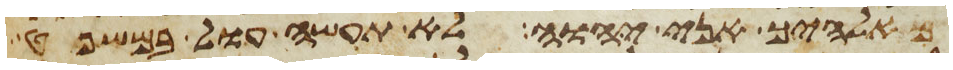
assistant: מאלהיך אני יהוה לא תעשה עול במשפט